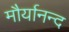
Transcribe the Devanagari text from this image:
मौर्यानन्द